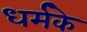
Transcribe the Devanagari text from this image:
धर्मके